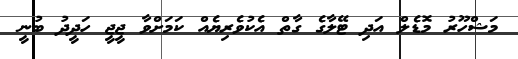
މަޝްހޫރު މޮޑެލް އަދި ޓޭލާގެ ގާތް އެކުވެރިޔެއް ކަމަށްވާ ޖީޖީ ހަދީދު ބުނީ